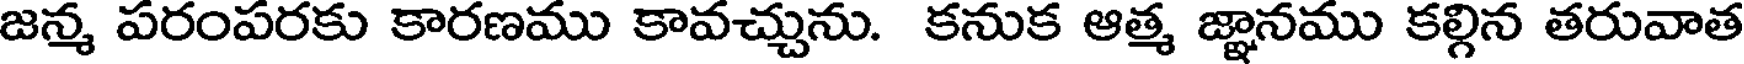
జన్మ పరంపరకు కారణము కావచ్చును. కనుక ఆత్మ జ్ఞానము కల్గిన తరువాత